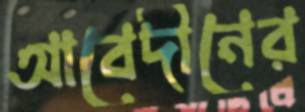
আবেদীনের